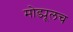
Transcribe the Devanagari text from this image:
मोड्यूलच